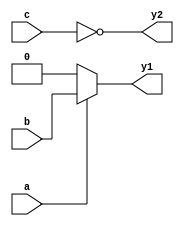
module opt_check (input a , input b , input c , output y1, output y2);
wire a1;
assign y1 = a?b:0;
assign y2 = ~((a1 & b) | c);
assign a1 = 1'b0;
endmodule